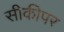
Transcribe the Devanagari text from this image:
सीकीपर